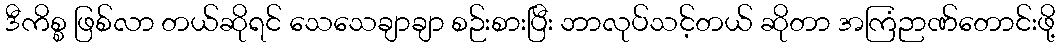
ဒီကိစ္စ ဖြစ်လာ တယ်ဆိုရင် သေသေချာချာ စဉ်းစားပြီး ဘာလုပ်သင့်တယ် ဆိုတာ အကြံဉာဏ်တောင်းဖို့